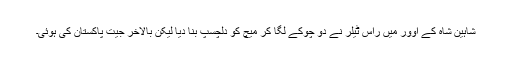
شاہین شاہ کے اوور میں راس ٹیلر نے دو چوکے لگا کر میچ کو دلچسپ بنا دیا لیکن بالآخر جیت پاکستان کی ہوئی۔